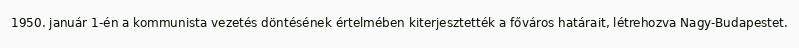
1950. január 1-én a kommunista vezetés döntésének értelmében kiterjesztették a főváros határait, létrehozva Nagy-Budapestet.